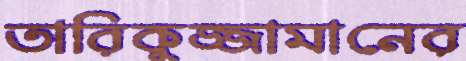
তারিকুজ্জামানের